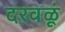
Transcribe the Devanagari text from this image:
दरवळूं